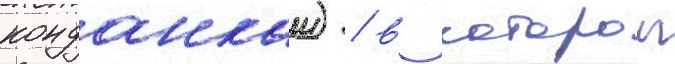
конданкаи) / в которои